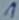
Text: 1